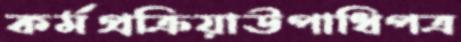
কর্মপ্রক্রিয়াউপাধিপত্র